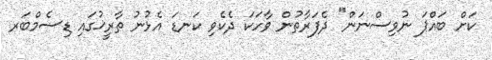
ކަށް ބައްޕަ ނުވިސްނަން" ދެފަރާތުން ވާހަކަ ދެކެވި ކަނޑަ އެޅުނު ތާރީޚުގައި ޑިސެމްބަރ